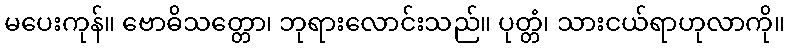
မပေးကုန်။ ဗောဓိသတ္တော၊ ဘုရားလောင်းသည်။ ပုတ္တံ၊ သားငယ်ရာဟုလာကို။